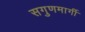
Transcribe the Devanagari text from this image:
सगुणमार्गी